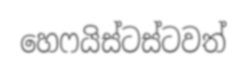
හෙෆයිස්ටස්ටවත්